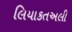
લિયાકતઅલી